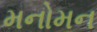
મનોમન